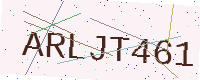
Text: ARLJT461